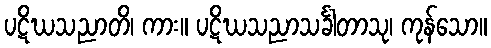
ပဋိဃသညာတိ၊ ကား။ ပဋိဃသညာသင်္ခါတာသု၊ ကုန်သော။